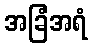
အခြံအရံ